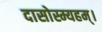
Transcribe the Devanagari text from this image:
दासोस्म्यहम्।